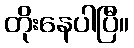
တိုးနေပါပြီ။